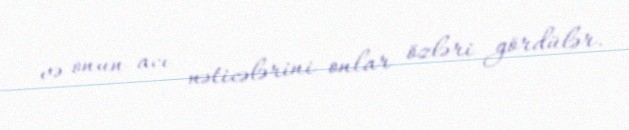
və onun acı nəticələrini onlar özləri gördülər.